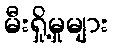
မီးရှို့မှုများ